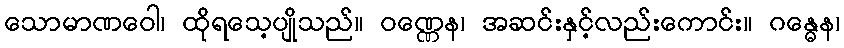
သောမာဏဝေါ၊ ထိုရသေ့ပျိုသည်။ ဝဏ္ဏေန၊ အဆင်းနှင့်လည်းကောင်း။ ဂန္ဓေန၊